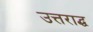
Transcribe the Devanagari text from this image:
उत्तराद्ध